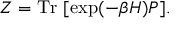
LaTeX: Z = \mathrm { T r } \ [ \exp ( - \beta H ) P ] .